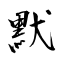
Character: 默